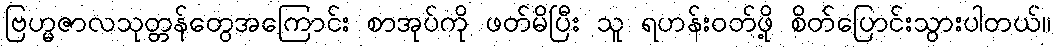
ဗြဟ္မဇာလသုတ္တန်တွေအကြောင်း စာအုပ်ကို ဖတ်မိပြီး သူ ရဟန်းဝတ်ဖို့ စိတ်ပြောင်းသွားပါတယ်။